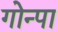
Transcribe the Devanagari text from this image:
गोन्पा